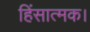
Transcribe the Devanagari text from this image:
हिंसात्मक।